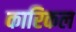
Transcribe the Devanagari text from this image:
कारिकल